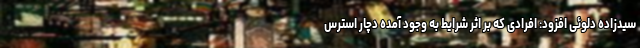
سیدزاده دلوئی افزود: افرادی که بر اثر شرایط به وجود آمده دچار استرس